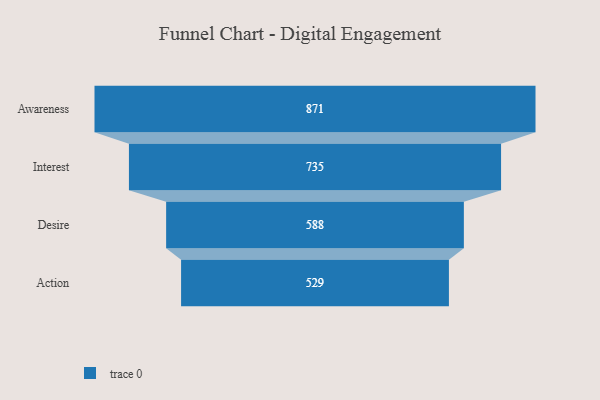
{"axis": {"x": "Stage", "y": "Value"}, "legend": [""], "data": [{"x": "Awareness", "y": 871.0, "type": ""}, {"x": "Interest", "y": 735.0, "type": ""}, {"x": "Desire", "y": 588.0, "type": ""}, {"x": "Action", "y": 529.0, "type": ""}]}